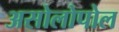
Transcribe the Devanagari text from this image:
असोलोपोल